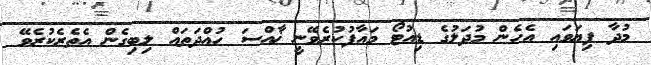
މުދާ ފިޔަވައި އެހެން މުދަލުގެ ޑިއުޓޯ މައާފުކުރެވޭނީ ޚާއްސަ ހުއްދަތައް ލިބިގެން އެތެރެކުރެވޭ